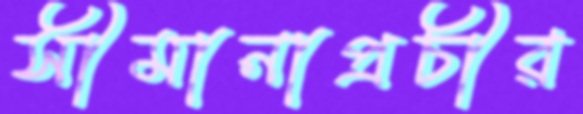
সীমানাপ্রচীর